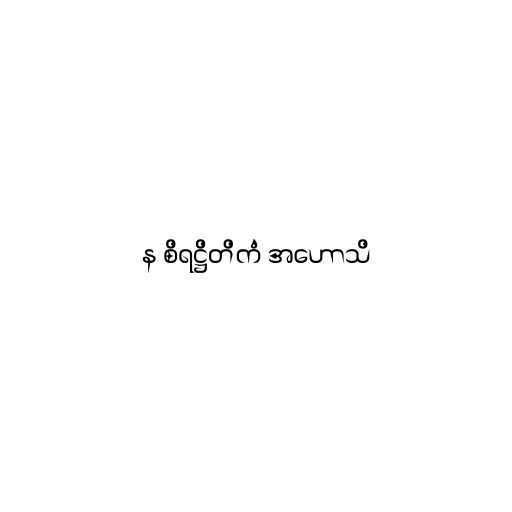
န စိရဋ္ဌိတိကံ အဟောသိ